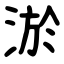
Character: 淤